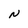
Character: N